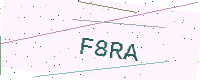
Text: F8RA